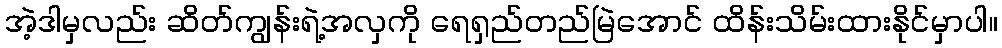
အဲ့ဒါမှလည်း ဆိတ်ကျွန်းရဲ့အလှကို ရေရှည်တည်မြဲအောင် ထိန်းသိမ်းထားနိုင်မှာပါ။